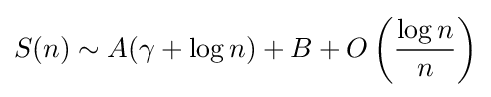
S(n)\sim A(\gamma +\log n)+B+O\left({\frac {\log n}{n}}\right)